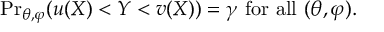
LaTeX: { \operatorname* { P r } } _ { \theta , \varphi } ( u ( X ) < Y < v ( X ) ) = \gamma { \mathrm { ~ f o r ~ a l l ~ } } ( \theta , \varphi ) .